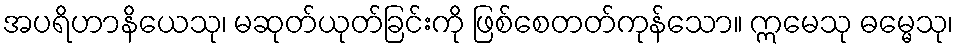
အပရိဟာနိယေသု၊ မဆုတ်ယုတ်ခြင်းကို ဖြစ်စေတတ်ကုန်သော။ ဣမေသု ဓမ္မေသု၊